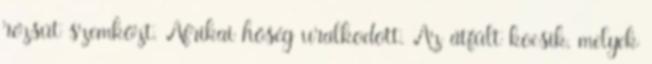
rézsút szemközt. Afrikai hőség uralkodott. Az átfült kocsik, melyek